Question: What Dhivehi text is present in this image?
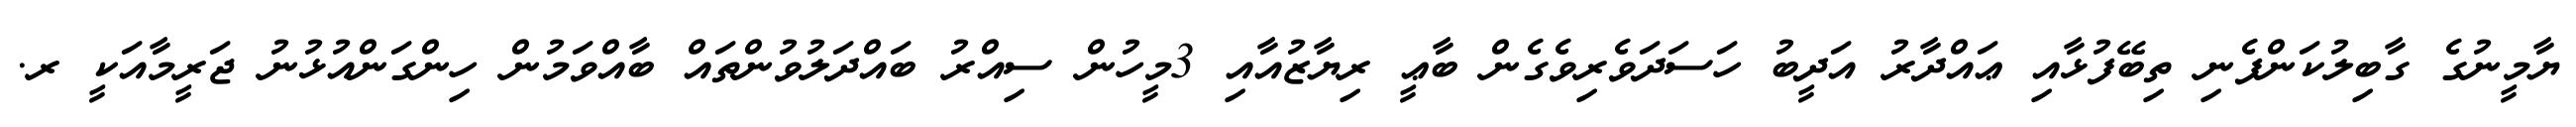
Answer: ޔާމީނުގެ ގާބިލުކަންފެނި ތިބޭފުޅާއި ޢައްދާރު އަދީބު ހަސަދަވެރިވެގެން ބާޢީ ރިޔާޒުއާއި 3މީހުން ސިއްރު ބައްދަލުވުންތައް ބާއްވަމުން ހިންގަންއުޅުނު ޖަރީމާއަކީ ރ.